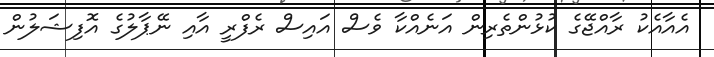
އެއާއެކު ރާއްޖޭގެ ކުޅުންތެރިން އަނެއްކާ ވެސް އައިސް ރެފްރީ އާއި ނޭޕާލުގެ އޮފިޝަލުން